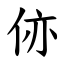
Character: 㑊